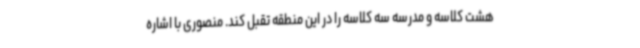
هشت کلاسه و مدرسه سه کلاسه را در این منطقه تقبل کند. منصوری با اشاره